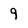
Character: 9